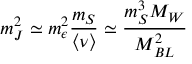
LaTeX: m _ { J } ^ { 2 } \simeq m _ { \epsilon } ^ { 2 } { \frac { m _ { S } } { \langle \nu \rangle } } \simeq { \frac { m _ { S } ^ { 3 } M _ { W } } { M _ { B L } ^ { 2 } } }